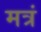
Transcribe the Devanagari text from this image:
मत्रं